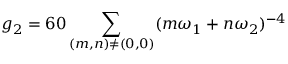
g _ { 2 } = 6 0 \sum _ { ( m , n ) \neq ( 0 , 0 ) } ( m \omega _ { 1 } + n \omega _ { 2 } ) ^ { - 4 }